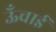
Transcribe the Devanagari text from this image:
ऊॅंचाई